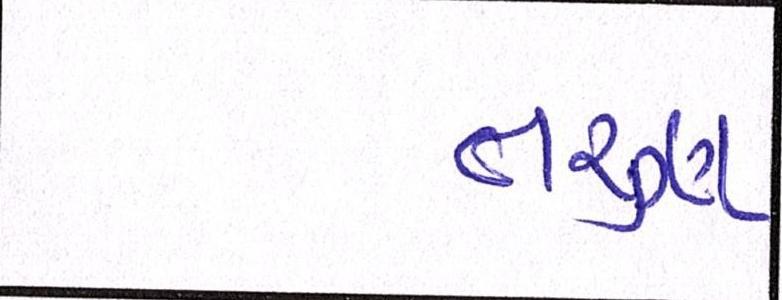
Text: તરુણ